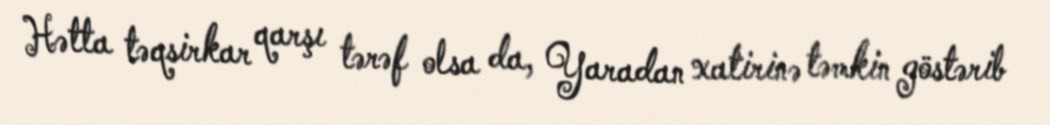
Hətta təqsirkar qarşı tərəf olsa da, Yaradan xatirinə təmkin göstərib